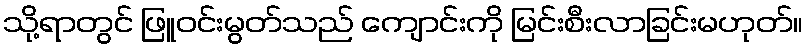
သို့ရာတွင် ဖြူဝင်းမွတ်သည် ကျောင်းကို မြင်းစီးလာခြင်းမဟုတ်။